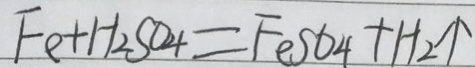
F e + H _ { 2 } S O _ { 4 } = F e S O _ { 4 } + H _ { 2 } \uparrow